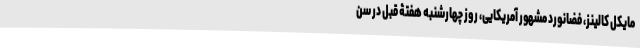
مایکل کالینز، فضانورد مشهور آمریکایی، روز چهارشنبه هفتۀ قبل در سن